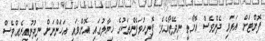
ފޮށްޓަށް އަޅައި ދެންވެސް އޮށޯތީ ނިދޭތޯއެވެ. ފޮނިހުވަފެންތަކުގެ ޚިޔާލުގައި އޮށްވައި އަހަންނަށް ނިދުނުއިރެއްވެސް